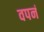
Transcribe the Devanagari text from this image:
वपनं